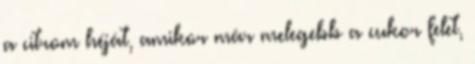
a citrom héját, amikor már melegebb a cukor felet,